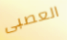
العصبى